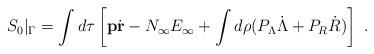
LaTeX: \begin{align*}S_0\vert_\Gamma = \int d\tau\left[{\mathbf p}\dot{\mathbf r} - N_\infty E_\infty + \int d\rho(P_\Lambda\dot{\Lambda} + P_R\dot{R})\right]\ .\end{align*}